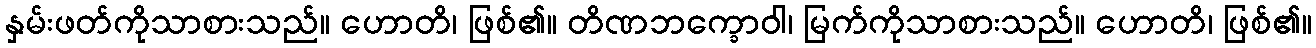
နှမ်းဖတ်ကိုသာစားသည်။ ဟောတိ၊ ဖြစ်၏။ တိဏဘက္ခောဝါ၊ မြက်ကိုသာစားသည်။ ဟောတိ၊ ဖြစ်၏။